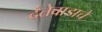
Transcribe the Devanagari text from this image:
दंतेवाडाचे